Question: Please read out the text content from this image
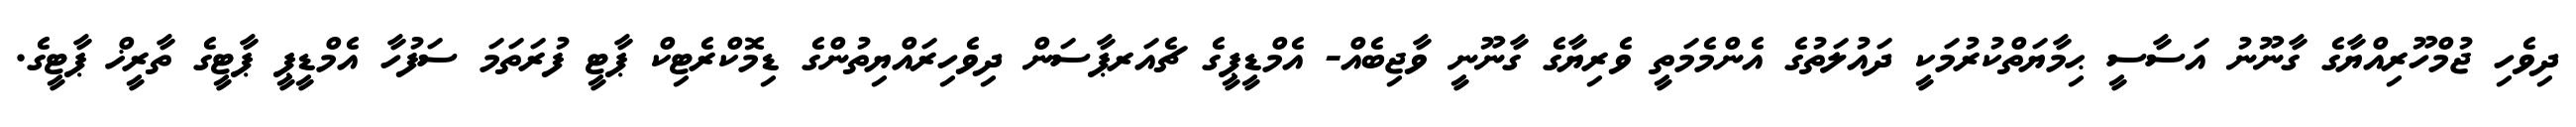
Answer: ދިވެހި ޖުމްހޫރިއްޔާގެ ގާނޫނު އަސާސީ ޙިމާޔަތްކުރުމަކީ ދައުލަތުގެ އެންމެމަތީ ވެރިޔާގެ ގާނޫނީ ވާޖިބެއް- އެމްޑީޕީގެ ޗެއަރޕާސަން ދިވެހިރައްޔިތުންގެ ޑިމޮކްރެޓިކް ޕާޓީ ފުރަތަމަ ސަފުހާ އެމްޑީޕީ ޕާޓީގެ ތާރީޚް ޕާޓީގެ.